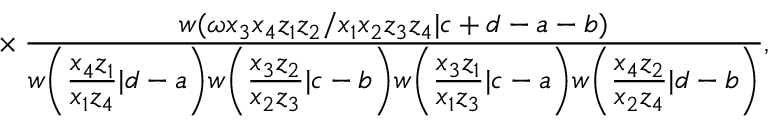
{ } ~ \times \frac { w ( \omega x _ { 3 } x _ { 4 } z _ { 1 } z _ { 2 } / x _ { 1 } x _ { 2 } z _ { 3 } z _ { 4 } | c + d - a - b ) } { w \bigg ( \frac { \displaystyle x _ { 4 } z _ { 1 } } { \displaystyle x _ { 1 } z _ { 4 } } | d - a \bigg ) w \bigg ( \frac { \displaystyle x _ { 3 } z _ { 2 } } { \displaystyle x _ { 2 } z _ { 3 } } | c - b \bigg ) w \bigg ( \frac { \displaystyle x _ { 3 } z _ { 1 } } { \displaystyle x _ { 1 } z _ { 3 } } | c - a \bigg ) w \bigg ( \frac { \displaystyle x _ { 4 } z _ { 2 } } { \displaystyle x _ { 2 } z _ { 4 } } | d - b \bigg ) } ,